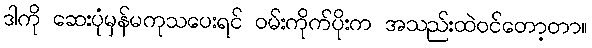
ဒါကို ဆေးပုံမှန်မကုသပေးရင် ဝမ်းကိုက်ပိုးက အသည်းထဲဝင်တော့တာ။